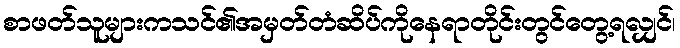
စာဖတ်သူများကသင်၏အမှတ်တံဆိပ်ကိုနေရာတိုင်းတွင်တွေ့ရလျှင်၊